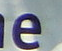
e